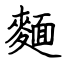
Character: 麵